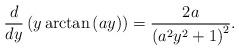
LaTeX: \begin{align*}\frac{d}{dy} \left(y \arctan \left(a y \right) \right)=\frac{2 a}{\left(a^2 y^2+1\right)^2}.\end{align*}